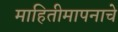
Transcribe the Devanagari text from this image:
माहितीमापनाचे